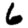
Digit: 6